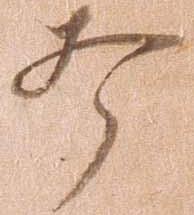
打